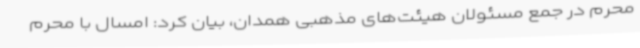
محرم در جمع مسئولان هیئت‌های مذهبی همدان، بیان کرد: امسال با محرم